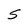
Character: S